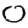
Digit: 0